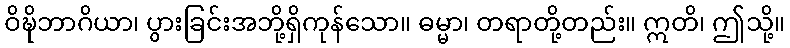
ဝိဍ္ဎိဘာဂိယာ၊ ပွားခြင်းအဘို့ရှိကုန်သော။ ဓမ္မာ၊ တရာတို့တည်း။ ဣတိ၊ ဤသို့။